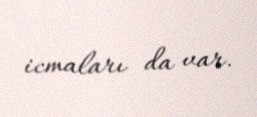
icmaları da var.